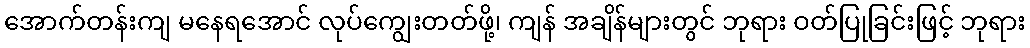
အောက်တန်းကျ မနေရအောင် လုပ်ကျွေးတတ်ဖို့၊ ကျန် အချိန်များတွင် ဘုရား ဝတ်ပြုခြင်းဖြင့် ဘုရား